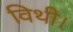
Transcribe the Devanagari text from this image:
विथी।